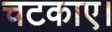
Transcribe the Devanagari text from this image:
चटकाए।